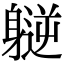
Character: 𫏮